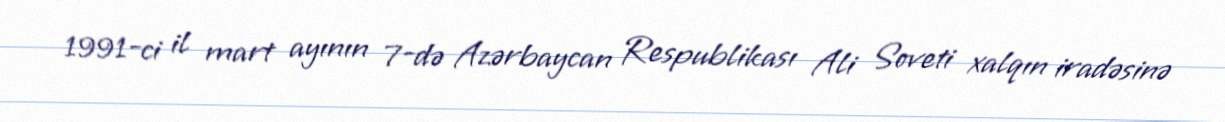
1991-ci il mart ayının 7-də Azərbaycan Respublikası Ali Soveti xalqın iradəsinə